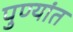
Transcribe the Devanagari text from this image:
पुण्यांत